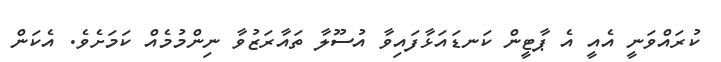
ކުރައްވަނީ އެއީ އެ ޕާޓީން ކަނޑައަޅާފައިވާ އުސޫލާ ތައާރަޒުވާ ނިންމުމެއް ކަމަށެވެ. އެކަން